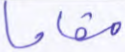
مقاما